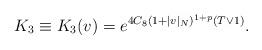
LaTeX: \begin{align*}K_3\equiv K_3(v) =e^{4 C_8 (1+|v|_N)^{1+p}(T\vee 1)}.\end{align*}